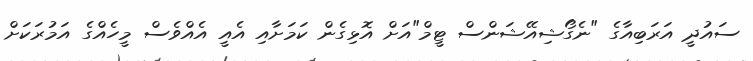
ސައުދީ އަރަބިއާގެ "ނެގޯޝިއޭޝަންސް ޓީމް"އަށް އޮޅިގެން ކަމަށާއި އެއީ އެއްވެސް މީހެއްގެ އަމުރަކަށް